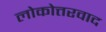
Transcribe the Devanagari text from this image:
लोकोत्तरवाद